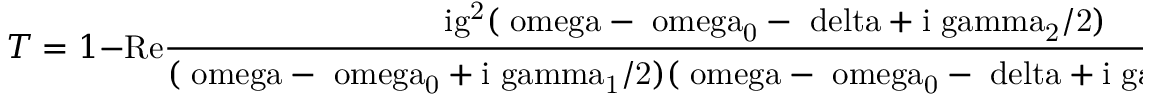
\small \centering T = 1 - \mathrm { { R e } \frac { i g ^ { 2 } ( \ o m e g a - \ o m e g a _ { 0 } - \ d e l t a + i \ g a m m a _ { 2 } / 2 ) } { ( \ o m e g a - \ o m e g a _ { 0 } + i \ g a m m a _ { 1 } / 2 ) ( \ o m e g a - \ o m e g a _ { 0 } - \ d e l t a + i \ g a m m a _ { 2 } / 2 ) - \Omega ^ { 2 } / 4 } . }